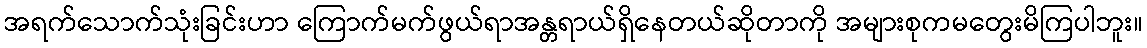
အရက်သောက်သုံးခြင်းဟာ ကြောက်မက်ဖွယ်ရာအန္တရာယ်ရှိနေတယ်ဆိုတာကို အများစုကမတွေးမိကြပါဘူး။